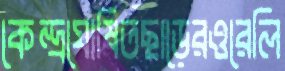
কেন্দ্রঘোষিতছাড়েরওরেলি